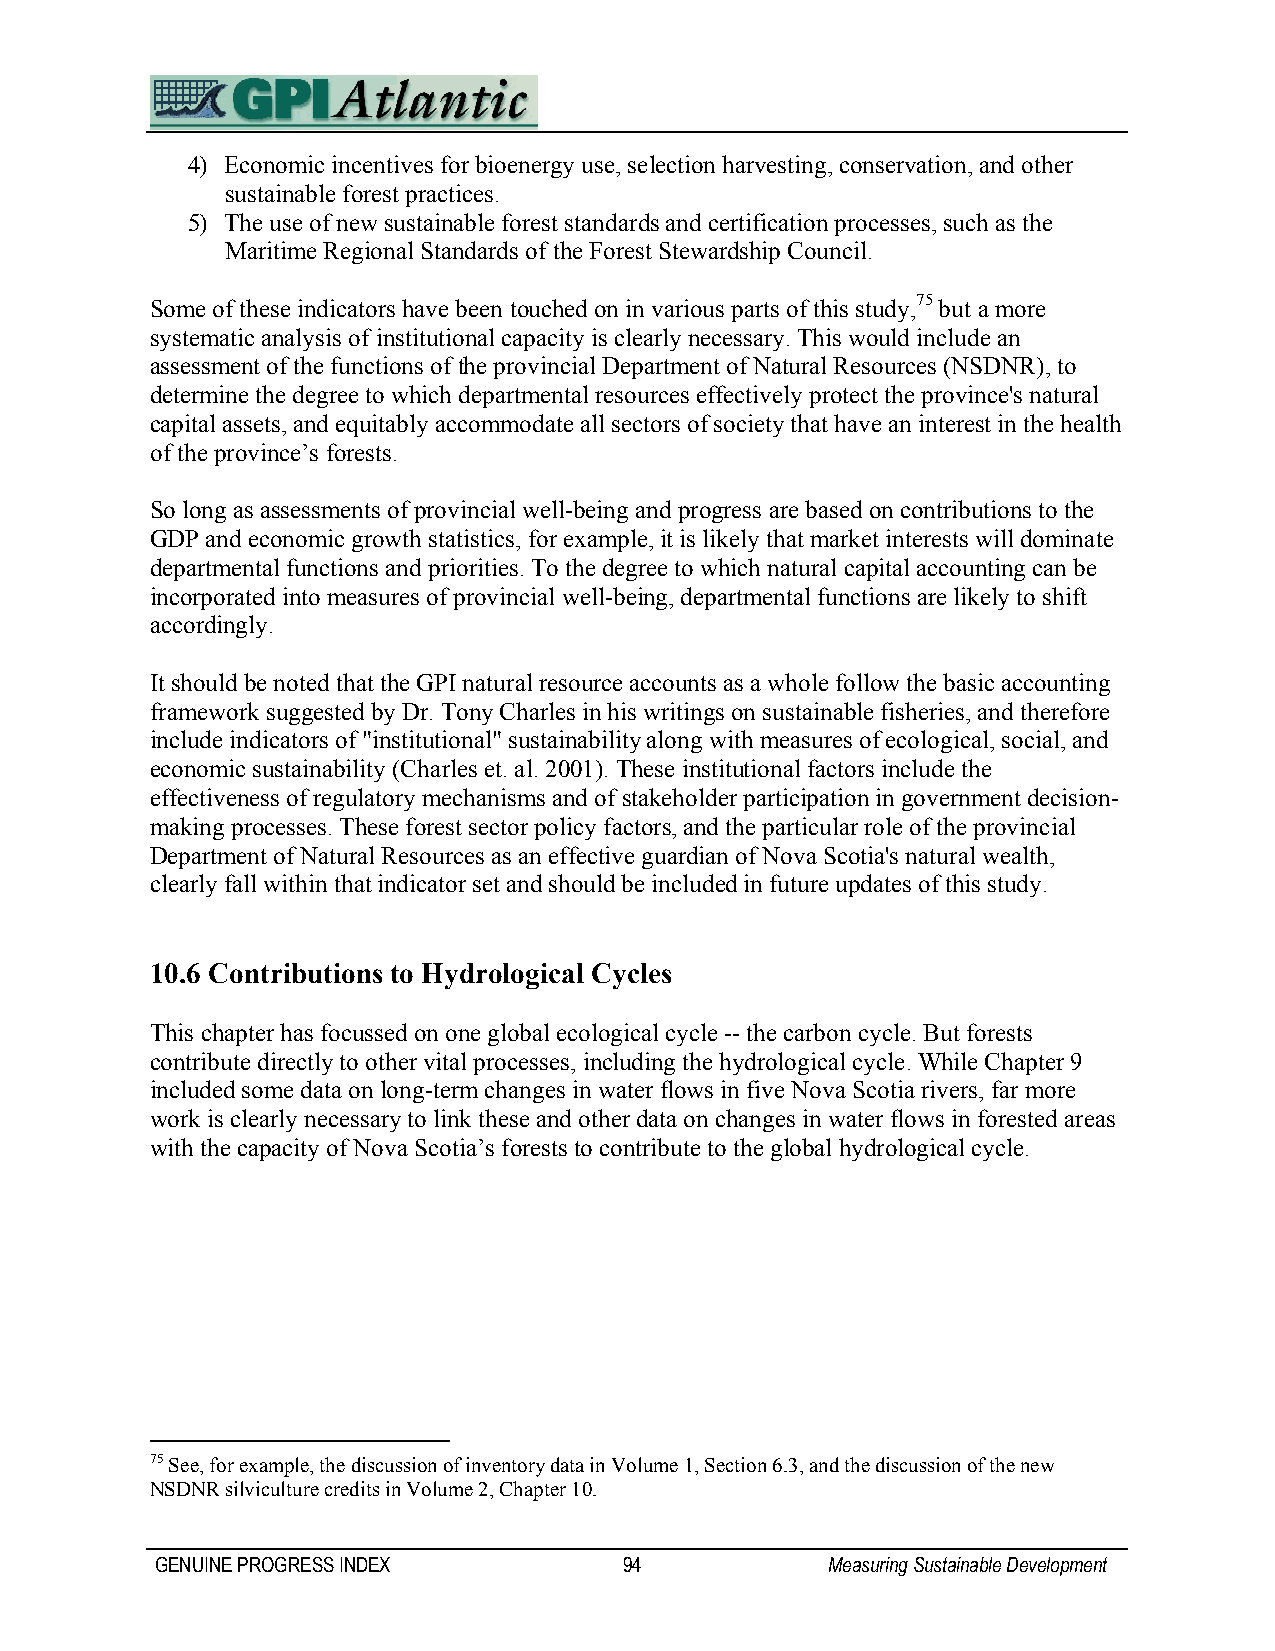
4) Economic incentives for bioenergy use, selection harvesting, conservation, and other
 sustainable forest practices.
 5) The use of new sustainable forest standards and certification processes, such as the
 Maritime Regional Standards of the Forest Stewardship Council.
 Some of these indicators have been touched on in various parts of this study,75 but a more
 systematic analysis of institutional capacity is clearly necessary. This would include an
 assessment of the functions of the provincial Department of Natural Resources (NSDNR), to
 determine the degree to which departmental resources effectively protect the province's natural
 capital assets, and equitably accommodate all sectors of society that have an interest in the health
 of the province’s forests.
 So long as assessments of provincial well-being and progress are based on contributions to the
 GDP and economic growth statistics, for example, it is likely that market interests will dominate
 departmental functions and priorities. To the degree to which natural capital accounting can be
 incorporated into measures of provincial well-being, departmental functions are likely to shift
 accordingly.
 It should be noted that the GPI natural resource accounts as a whole follow the basic accounting
 framework suggested by Dr. Tony Charles in his writings on sustainable fisheries, and therefore
 include indicators of "institutional" sustainability along with measures of ecological, social, and
 economic sustainability (Charles et. al. 2001). These institutional factors include the
 effectiveness of regulatory mechanisms and of stakeholder participation in government decision-
 making processes. These forest sector policy factors, and the particular role of the provincial
 Department of Natural Resources as an effective guardian of Nova Scotia's natural wealth,
 clearly fall within that indicator set and should be included in future updates of this study.
 10.6 Contributions to Hydrological Cycles
 This chapter has focussed on one global ecological cycle -- the carbon cycle. But forests
 contribute directly to other vital processes, including the hydrological cycle. While Chapter 9
 included some data on long-term changes in water flows in five Nova Scotia rivers, far more
 work is clearly necessary to link these and other data on changes in water flows in forested areas
 with the capacity of Nova Scotia’s forests to contribute to the global hydrological cycle.
 75 See, for example, the discussion of inventory data in Volume 1, Section 6.3, and the discussion of the new
 NSDNR silviculture credits in Volume 2, Chapter 10.
 GENUINE PROGRESS INDEX         94            Measuring Sustainable Development